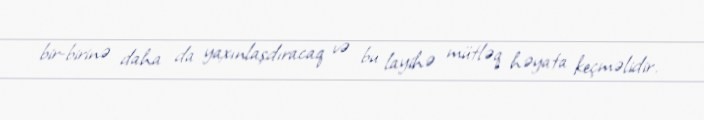
bir-birinə daha da yaxınlaşdıracaq və bu layihə mütləq həyata keçməlidir.